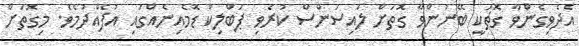
އެދެވިގެންވާ ގޮތަކީ ބޭނުންވާ ގޮތަށް ލައިސަންސް ކުރެވި ޕަބްލިކް ޑޮމެއިނެއްގައި އުފެއްދުމެވެ. މިގޮތަށް